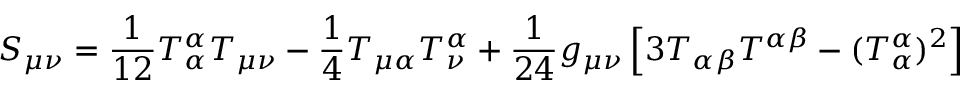
S _ { \mu \nu } = \frac { 1 } { 1 2 } T _ { \alpha } ^ { \alpha } T _ { \mu \nu } - \frac { 1 } { 4 } T _ { \mu \alpha } T _ { \nu } ^ { \alpha } + \frac { 1 } { 2 4 } g _ { \mu \nu } \left[ 3 T _ { \alpha \beta } T ^ { \alpha \beta } - ( T _ { \alpha } ^ { \alpha } ) ^ { 2 } \right]